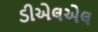
ડીએલએલ